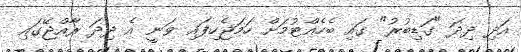
އަދި ދިދަ "ގަޑިބުރު" ގައި ބެހެއްޓުމަށް ހަމަޖެހިފައި ވަނީ އެ ދިދަ ރާއްޖޭގައި